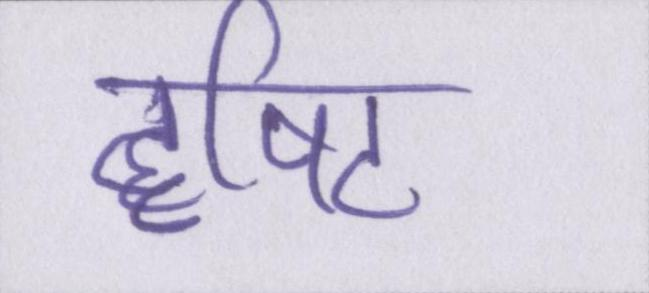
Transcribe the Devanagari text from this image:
दृषिट